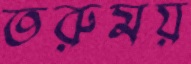
তরুময়